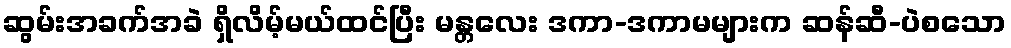
ဆွမ်းအခက်အခဲ ရှိလိမ့်မယ်ထင်ပြီး မန္တလေး ဒကာ-ဒကာမများက ဆန်ဆီ-ပဲစသော